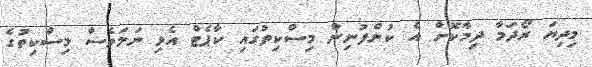
މިދިޔަ ރޯދަމާ ދިމާކޮށް އެ ކުންފުނިން މިސްކިތުގައި ކާޕެޓް އެޅި ނަމަވެސް މިސްކިތުގެ